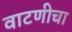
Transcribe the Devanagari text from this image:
वाटणीचा